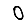
Digit: 0